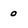
Character: o